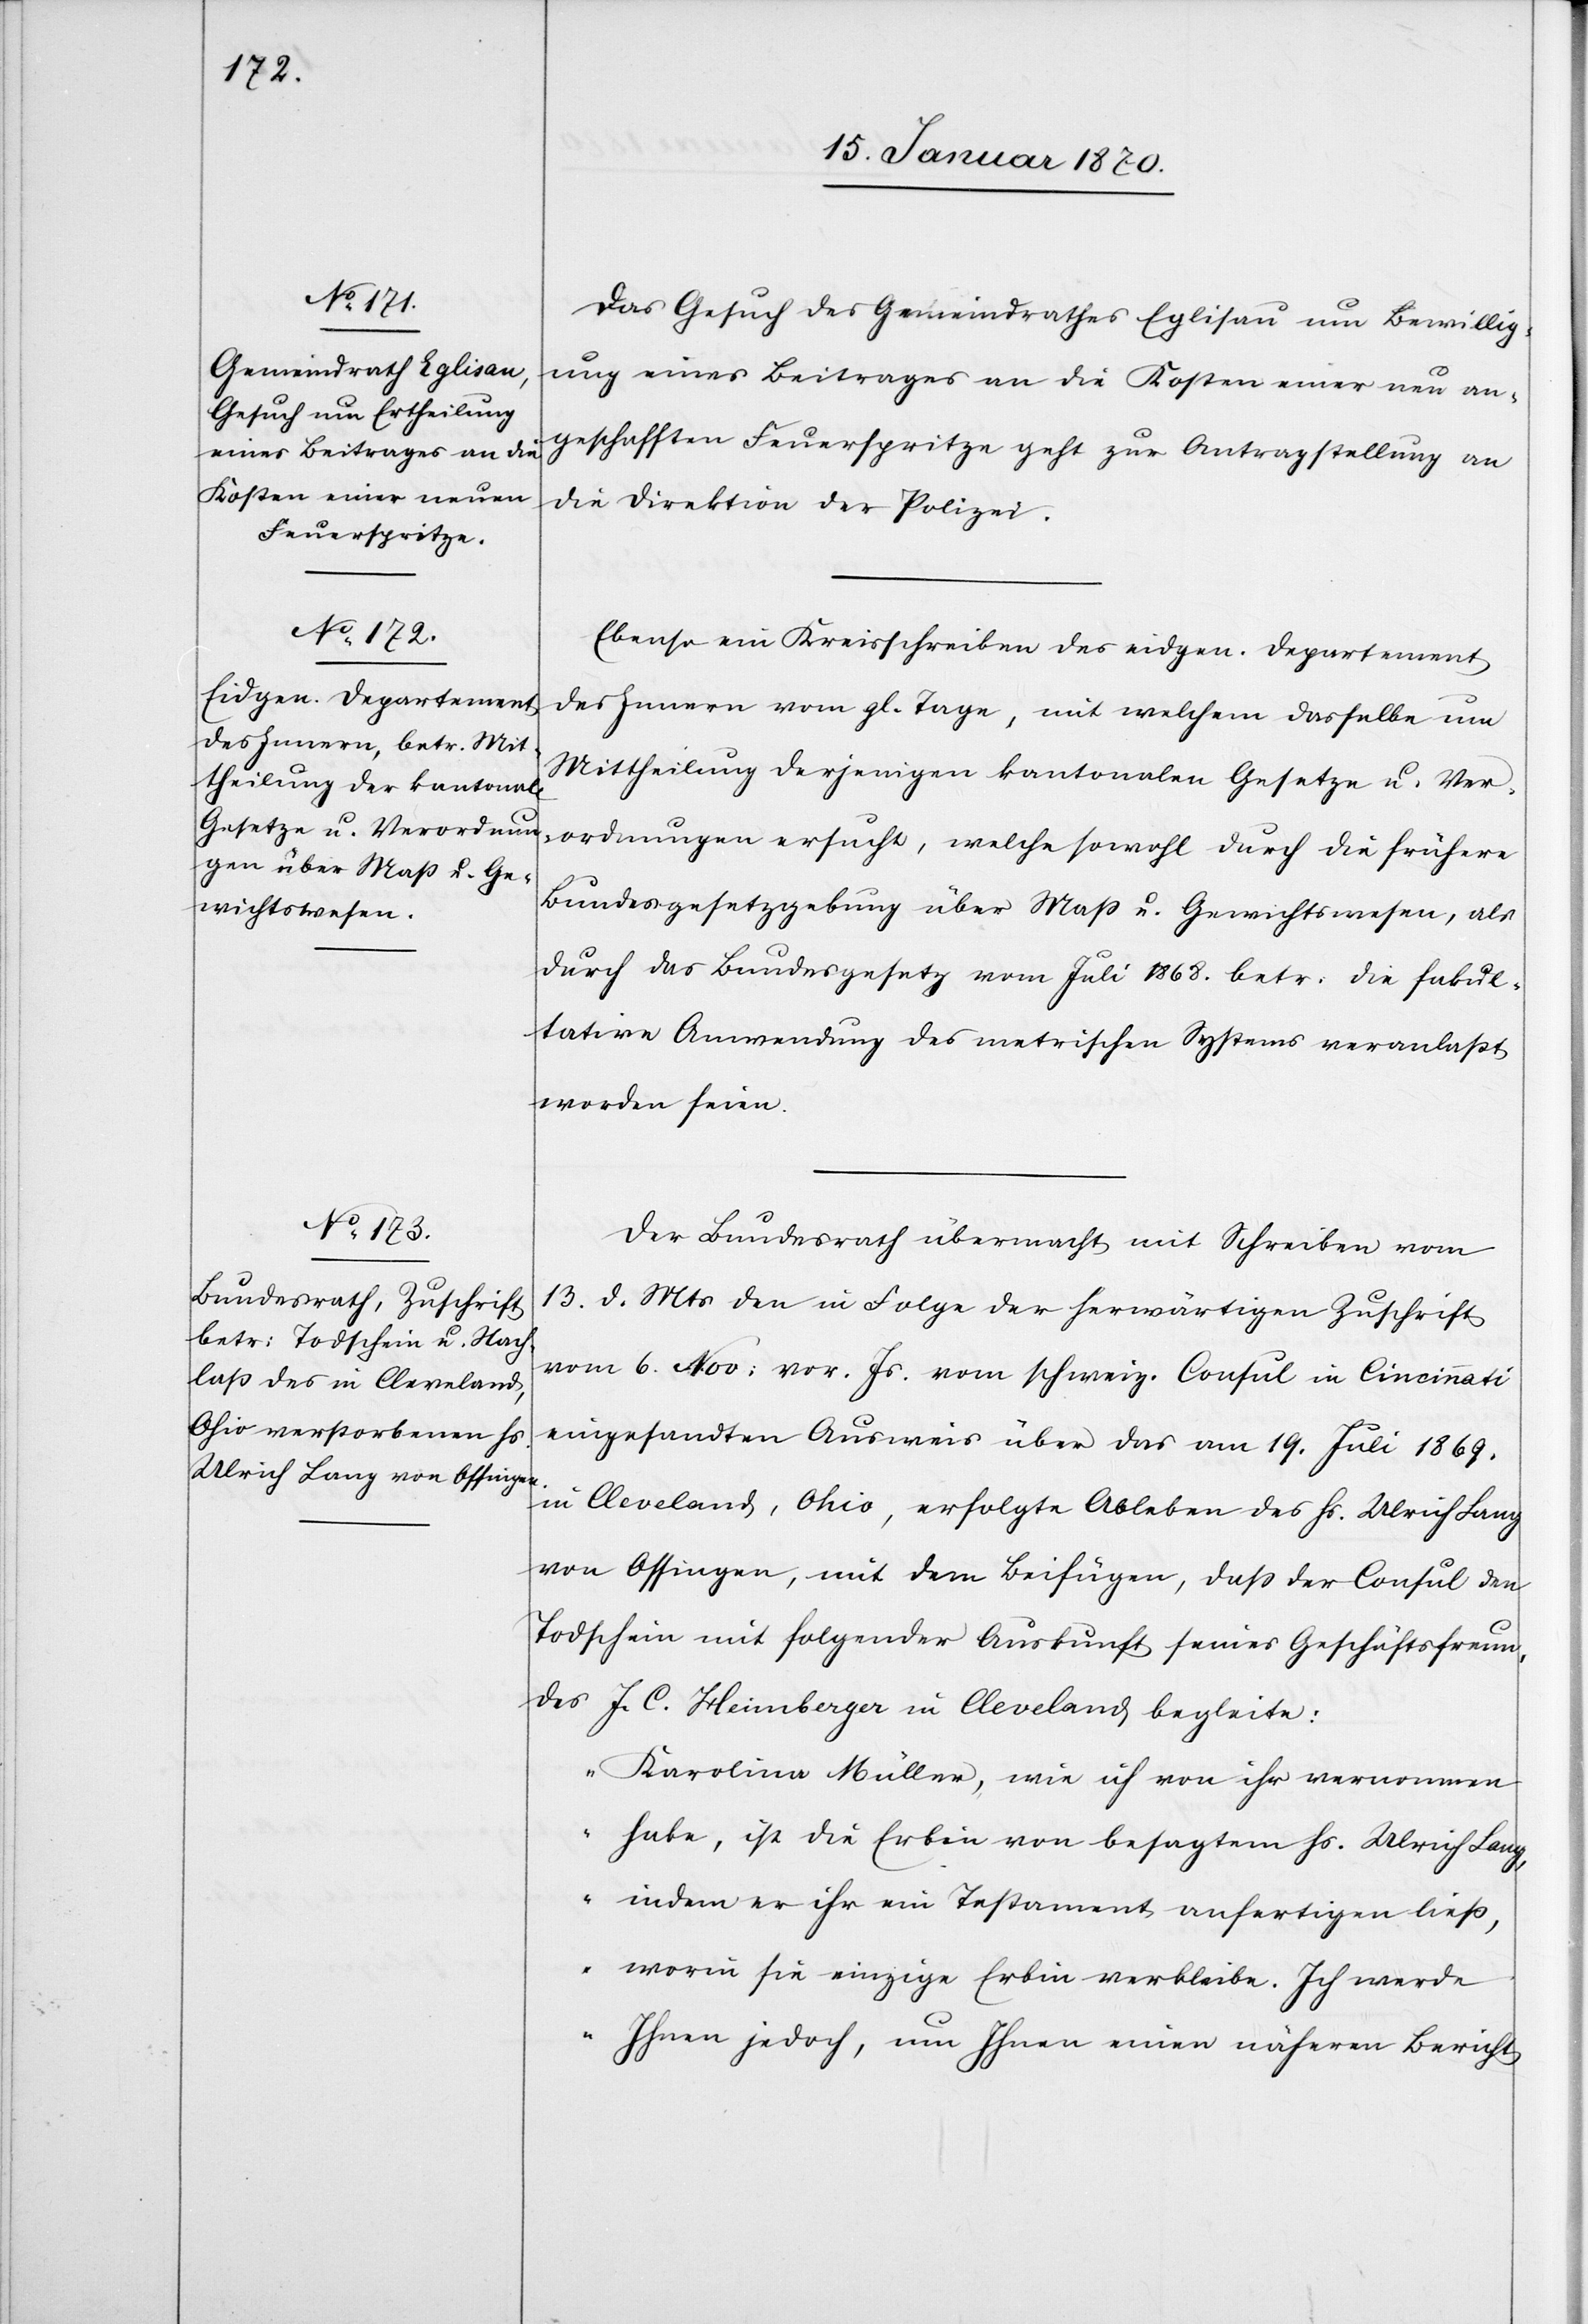
Das Gesuch des Gemeindrathes Eglisau um Bewillig¬
ung eines Beitrages an die Kosten einer neu an¬
geschafften Feuerspritze geht zur Antragstellung an
die Direktion der Polizei.
Ebenso ein Kreisschreiben des eidgen. Departement
des Innern vom gl. Tage, mit welchem dasselbe um
Mittheilung derjenigen kantonalen Gesetze u. Ver¬
ordnungen ersucht, welche sowohl durch die frühere
Bundesgesetzgebung über Maß[-] u. Gewichtswesen, als
durch das Bundesgesetz vom Juli 1868. betr: die fakul¬
tative Anwendung des metrischen Systems veranlaßt
worden seien.
Der Bundesrath übermacht mit Schreiben vom
13. d. Mts. den in Folge der herwärtigen Zuschrift
vom 6. Nov: vor. Js. vom schweiz. Consul in Cincinnati
eingesandten Ausweis über das am 19. Juli 1869.
in Cleveland, Ohio, erfolgte Ableben des Hs. Ulrich Lang
von Ossingen, mit dem Beifügen, daß der Consul den
Todschein mit folgender Auskunft seines Geschäftsfreun¬
des J. C. Heimberger in Cleveland begleite:
„Karolina Müller, wie ich von ihr vernommen
habe, ist die Erbin von besagtem Hs. Ulrich Lang,
indem er ihr ein Testament anfertigen ließ,
worin sie einzige Erbin verbleibe. Ich werde
Ihnen jedoch, um Ihnen einen näheren Bericht